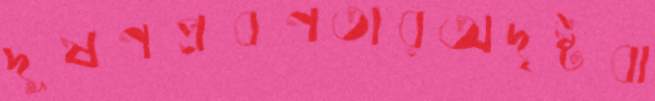
দূষণপ্রবণতারঅদৃষ্টবা